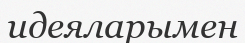
идеяларымен